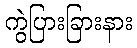
ကွဲပြားခြားနား